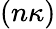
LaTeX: (n\kappa)